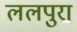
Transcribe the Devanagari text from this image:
ललपुरा